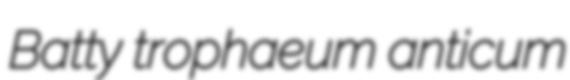
Batty trophaeum anticum